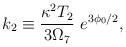
LaTeX: \begin{align*}{k_2 \equiv {\kappa^2 T_2\over 3\Omega_7}{}~e^{3\phi_0/2},}\end{align*}